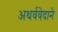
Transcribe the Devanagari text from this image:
अथर्ववेदाने